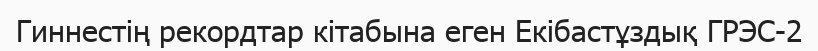
Гиннестің рекордтар кітабына еген Екібастұздық ГРЭС-2